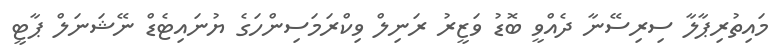
މައިތުރިޕާލާ ސިރިސޭނާ ދެއްވީ ބޮޑު ވަޒީރު ރަނިލް ވިކްރަމަސިންހަގެ ޔުނައިޓެޑް ނޭޝަނަލް ޕާޓީ